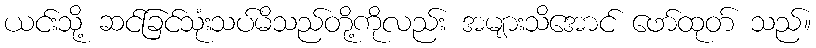
ယင်းသို့ ဆင်ခြင်သုံးသပ်မိသည်တို့ကိုလည်း အများသိအောင် ဖော်ထုတ် သည်။